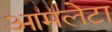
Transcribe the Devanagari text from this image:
आमलेटा